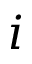
i